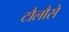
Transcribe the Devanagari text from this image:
टौलौसे